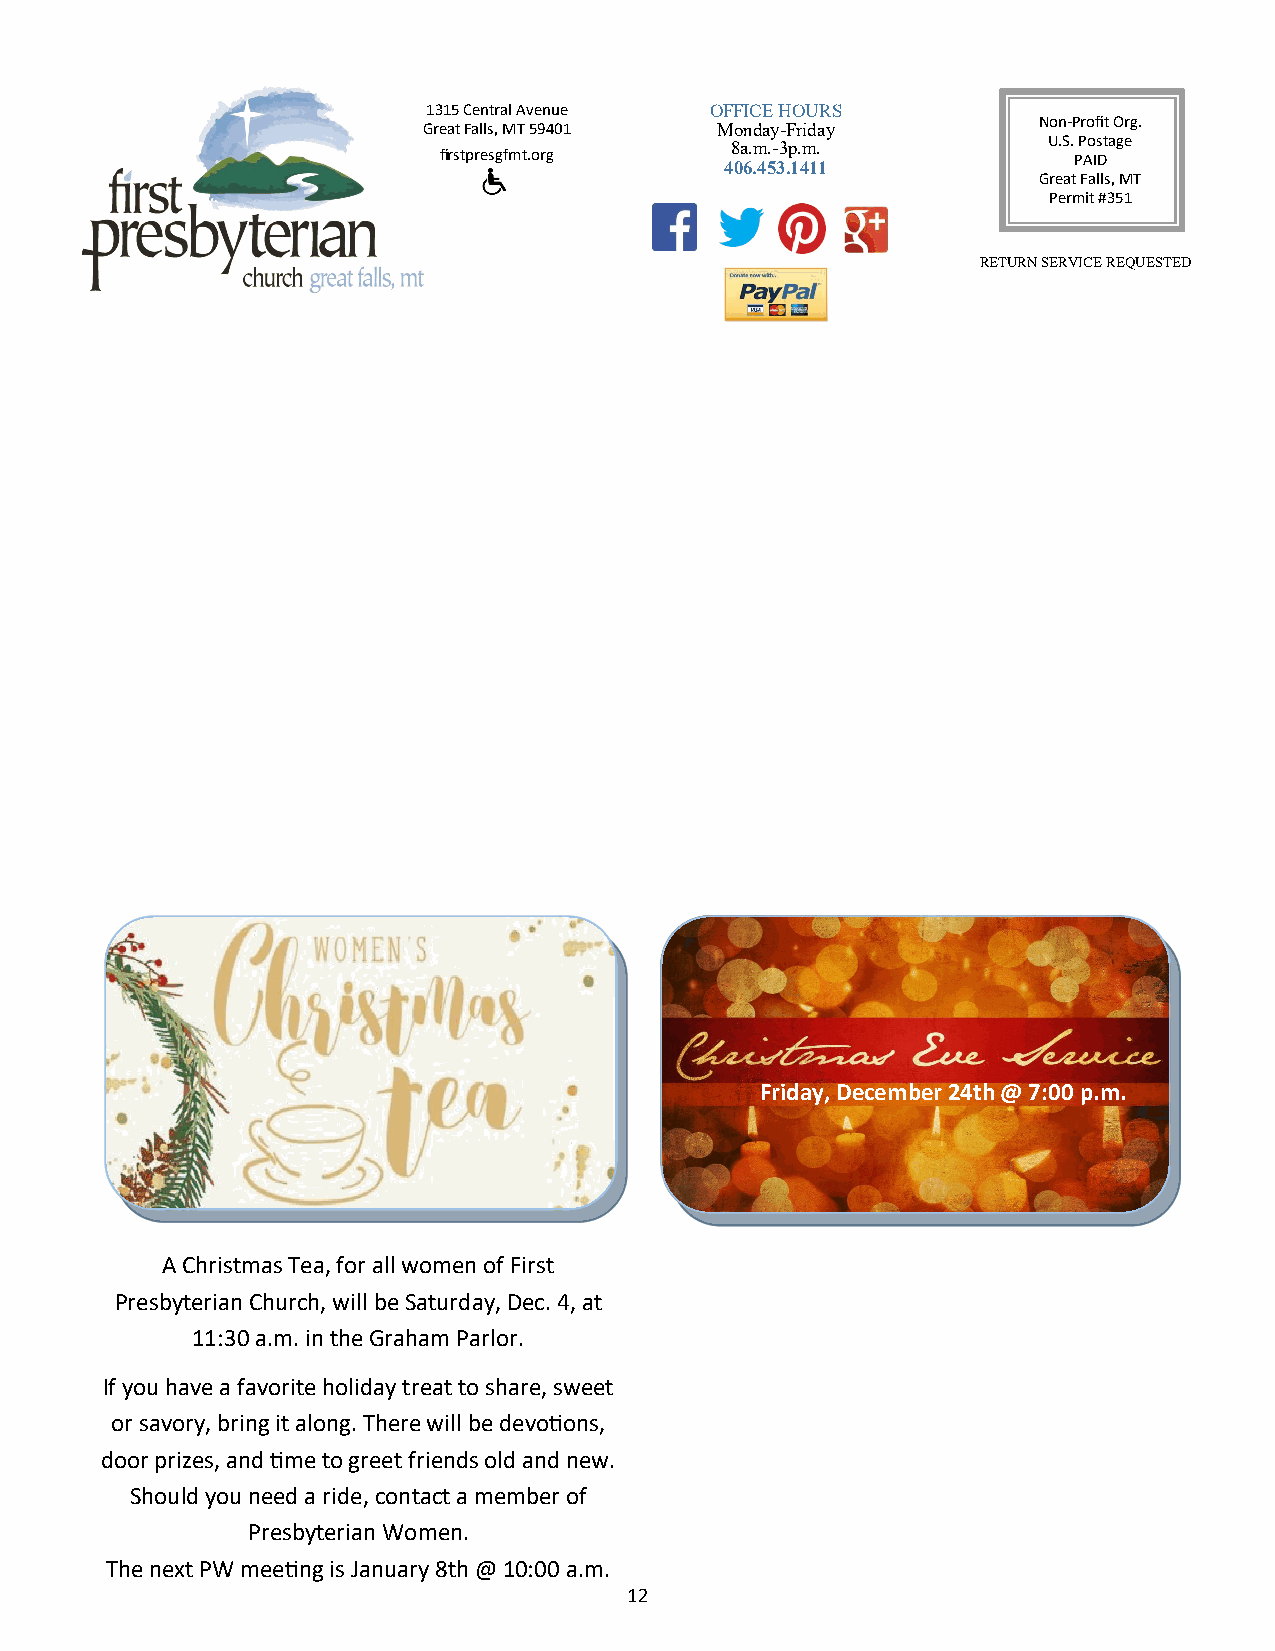
1315 Central Avenue OFFICE HOURS
 Non-Profit Org.
 Great Falls, MT 59401 Monday-Friday
 8a.m.-3p.m.          U.S. Postage
 firstpresgfmt.org                         PAID
 406.453.1411
 Great Falls, MT
 Permit #351
 RETURN SERVICE REQUESTED
 Friday, December 24th @ 7:00 p.m.
 A Christmas Tea, for all women of First
 Presbyterian Church, will be Saturday, Dec. 4, at
 11:30 a.m. in the Graham Parlor.
 If you have a favorite holiday treat to share, sweet
 or savory, bring it along. There will be devotions,
 door prizes, and time to greet friends old and new.
 Should you need a ride, contact a member of
 Presbyterian Women.
 The next PW meeting is January 8th @ 10:00 a.m.
 12